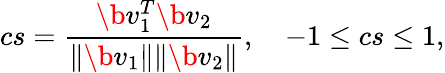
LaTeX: cs=\frac{\b{v}_{1}^{T}\b{v}_{2}}{\Vert\b{v}_{1}\Vert\Vert\b{v}_{2}\Vert},\quad-1\leq cs\leq 1,